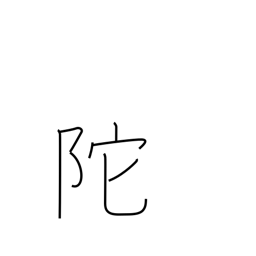
Meaning: steep